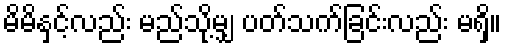
မိမိနှင့်လည်း မည်သို့မျှ ပတ်သက်ခြင်းလည်း မရှိ။